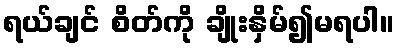
ရယ်ချင် စိတ်ကို ချိုးနှိမ်၍မရပါ။